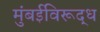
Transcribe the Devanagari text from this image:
मुंबईविरूद्ध